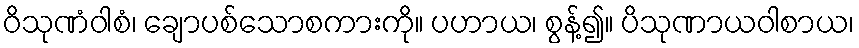
ဝိသုဏံဝါစံ၊ ချောပစ်သောစကားကို။ ပဟာယ၊ စွန့်၍။ ပိသုဏာယဝါစာယ၊